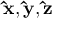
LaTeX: \mathbf { \hat { x } } , \mathbf { \hat { y } } , \mathbf { \hat { z } }